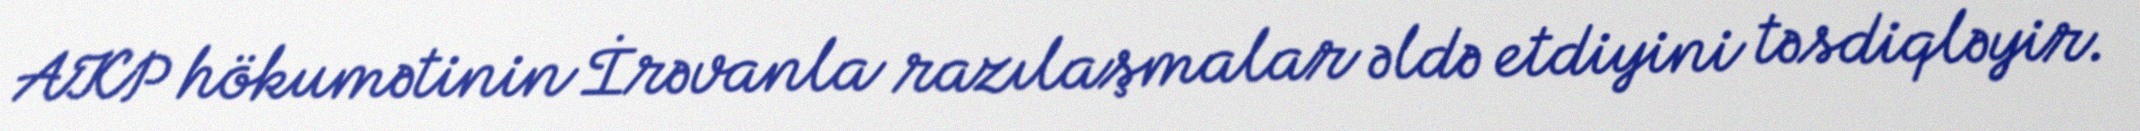
AKP hökumətinin İrəvanla razılaşmalar əldə etdiyini təsdiqləyir.